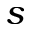
s